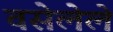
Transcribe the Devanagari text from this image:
वसेलेले